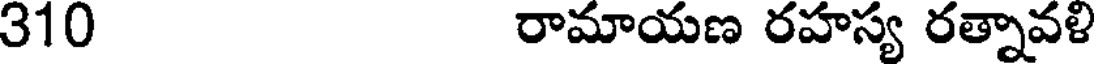
310 రామాయణ రహస్య రత్నావళి